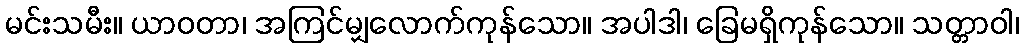
မင်းသမီး။ ယာဝတာ၊ အကြင်မျှလောက်ကုန်သော။ အပါဒါ၊ ခြေမရှိကုန်သော။ သတ္တာဝါ၊